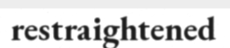
restraightened